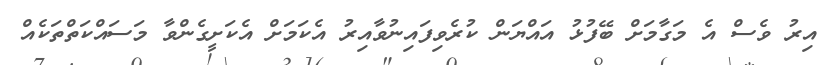
އިރު ވެސް އެ މަގާމަށް ބޭފުޅު އައްޔަން ކުރެވިފައިނުވާއިރު އެކަމަށް އެކަށީގެންވާ މަސައްކަތްތަކެއް